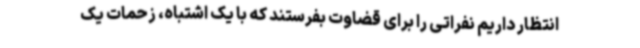
انتظار داریم نفراتی را برای قضاوت بفرستند که با یک اشتباه، زحمات یک